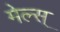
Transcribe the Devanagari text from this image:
मेल्स्